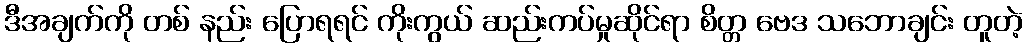
ဒီအချက်ကို တစ် နည်း ပြောရရင် ကိုးကွယ် ဆည်းကပ်မှုဆိုင်ရာ စိတ္တ ဗေဒ သဘောချင်း တူတဲ့